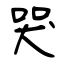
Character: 哭